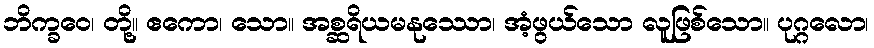
ဘိက္ခဝေ၊ တို့။ ဧကော၊ သော။ အစ္ဆရိယမနုဿော၊ အံ့ဖွယ်သော လူဖြစ်သော။ ပုဂ္ဂလော၊